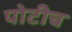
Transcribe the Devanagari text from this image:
पोटीच